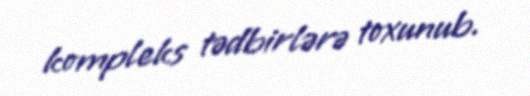
kompleks tədbirlərə toxunub.